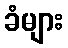
ခံများ